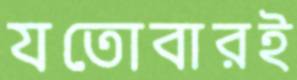
যতোবারই